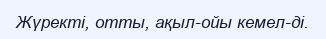
Жүректі, отты, ақыл-ойы кемел-ді.